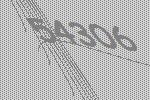
54306